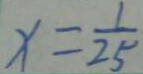
x = \frac { 1 } { 2 5 }